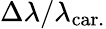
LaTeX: \Delta\lambda/\lambda_{\mathrm{car.}}